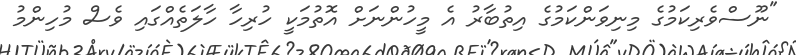
"ނޫސްވެރިކަމުގެ މިނިވަންކަމުގެ އިތުބާރު އެ މީހުންނަށް އޮތުމަކީ ހުރިހާ ހާލަތެއްގައި ވެސް މުހިންމު